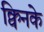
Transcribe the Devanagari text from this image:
क्विनके